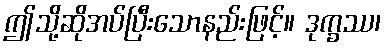
ဤသို့ဆိုအပ်ပြီးသောနည်းဖြင့်။ ဒုက္ခဿ၊